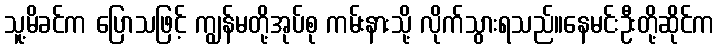
သူ့မိခင်က ပြောသဖြင့် ကျွန်မတို့အုပ်စု ကမ်းနားသို့ လိုက်သွားရသည်။နေမင်းဦးတို့ဆိုင်က